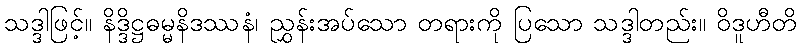
သဒ္ဒါဖြင့်။ နိဒ္ဒိဋ္ဌဓမ္မနိဒဿနံ၊ ညွှန်းအပ်သော တရားကို ပြသော သဒ္ဒါတည်း။ ဝိဒူဟီတိ